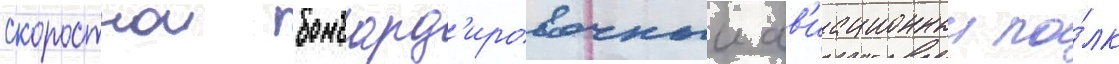
скоростнои бомбард'ировочныи ав'иационныи по́лк